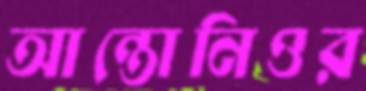
আন্তোনিওর